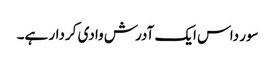
سور داس ایک آدرش وادی کردار ہے۔